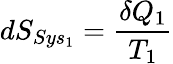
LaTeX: dS_{Sys_{1}}={\frac{\delta Q_{1}}{T_{1}}}